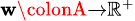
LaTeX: \scriptstyle\mathbf{w}\colonA\to{\mathbb{{R}}}^{+}